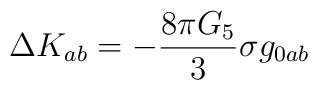
\Delta K_{ab}=-\frac{8 \pi G_5}{3}\sigma g_{0ab}